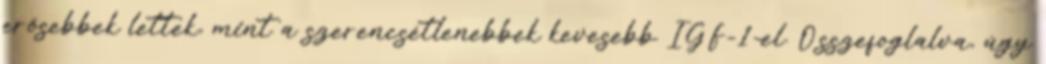
erősebbek lettek, mint a szerencsétlenebbek kevesebb IGF-1-el. Összefoglalva, úgy